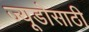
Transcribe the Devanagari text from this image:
ज्यूडोसाठी